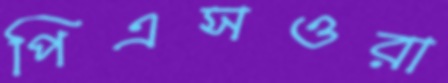
পিএসওরা